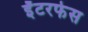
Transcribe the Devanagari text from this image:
इँटरफेस